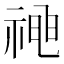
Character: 𱵚